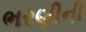
ભરણીની